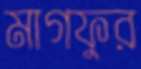
মাগফুর